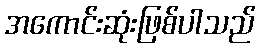
အကောင်းဆုံးဖြစ်ပါသည်